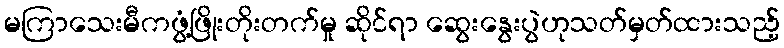
မကြာသေးမီကဖွံ့ဖြိုးတိုးတက်မှု ဆိုင်ရာ ဆွေးနွေးပွဲဟုသတ်မှတ်ထားသည့်